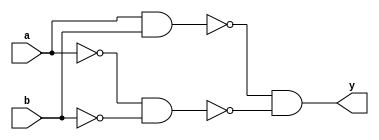
module xor_nand_gate(input a,input b,output y);

    wire not_a,not_b,and_1,and_2,or_gate;
    assign not_a = ~(a & b);
    assign not_b = ~(~a & ~b);

    assign and_1 = ~(not_a & not_b);
    
    assign or_gate = ~and_1;
    
    assign y = or_gate;

endmodule